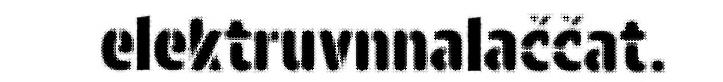
elektruvnnalaččat.